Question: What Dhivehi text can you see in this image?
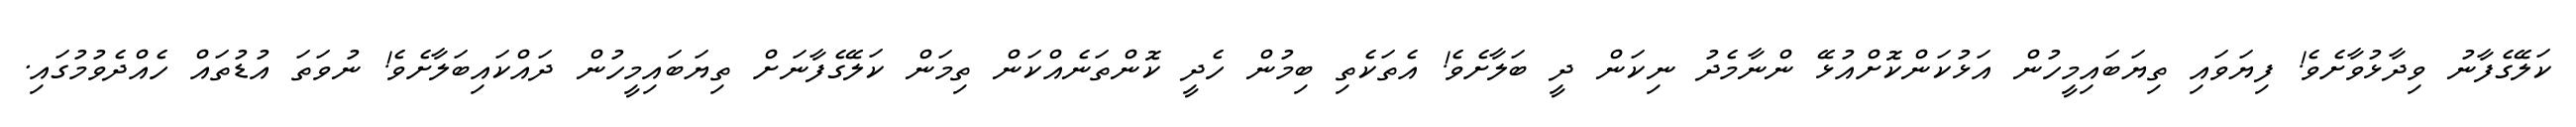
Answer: ކަލޭގެފާނު ވިދާޅުވާށެވެ! ފިޔަވައި ތިޔަބައިމީހުން އަޅުކަންކޮށްއުޅޭ ންނާމެދު ނިކަން ދީ ބަލާށެވެ! އެތަކެތި ބިމުން ހެދީ ކޮންތަނެއްކަން ތިމަން ކަލޭގެފާނަށް ތިޔަބައިމީހުން ދައްކައިބަލާށެވެ! ނުވަތަ އުޑުތައް ހެއްދެވުމުގައި.